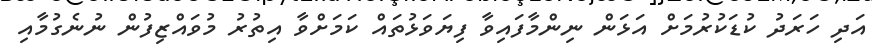
އަދި ހަރަދު ކުޑަކުރުމަށް އަޅަން ނިންމާފައިވާ ފިޔަވަޅުތައް ކަމަށްވާ އިތުރު މުވައްޒިފުން ނުނެގުމާއި